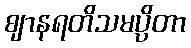
ဈာနရတိသမပ္ပိတာ